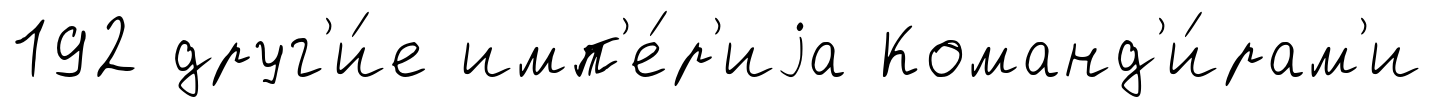
192 друг'и́е имп'е́р'иjа Команд'и́рам'и